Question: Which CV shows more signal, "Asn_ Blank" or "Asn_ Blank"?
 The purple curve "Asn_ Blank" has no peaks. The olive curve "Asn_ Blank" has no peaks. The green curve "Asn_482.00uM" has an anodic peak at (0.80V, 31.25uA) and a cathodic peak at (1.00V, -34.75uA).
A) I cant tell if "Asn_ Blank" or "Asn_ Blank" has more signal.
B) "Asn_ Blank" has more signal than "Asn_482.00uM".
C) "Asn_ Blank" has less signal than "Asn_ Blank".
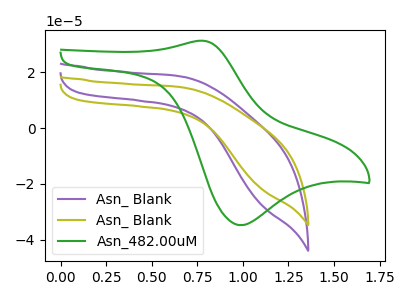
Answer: <think>Neither "Asn_ Blank" or "Asn_ Blank" have any peaks.
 </think>
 <answer>A) I cant tell if "Asn_ Blank" or "Asn_ Blank" has more signal.</answer>
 <eval>A</eval>